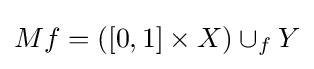
Mf=([0,1]\times X)\cup _{f}Y